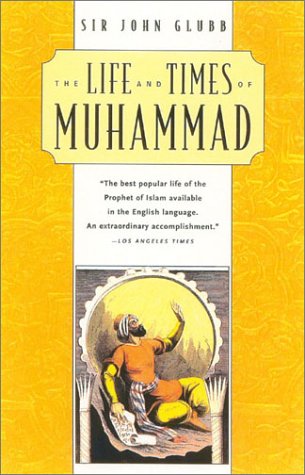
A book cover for The Life and Times of Muhammad; John Glubb; Religion & Spirituality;